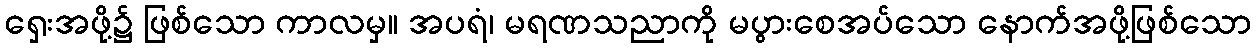
ရှေးအဖို့၌ ဖြစ်သော ကာလမှ။ အပရံ၊ မရဏသညာကို မပွားစေအပ်သော နောက်အဖို့ဖြစ်သော